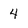
Character: 4